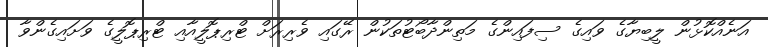
އަނެއްކޮޅުން ލީބިޔާގެ ވައިގެ ސިފައިންގެ މަތިންދާބޯޓުތަކުން ރޭގައި ވެރިރަށް ޓްރިޕޮލީއާއި ޓްރިޕޮލީގެ ވަށައިގެންވާ